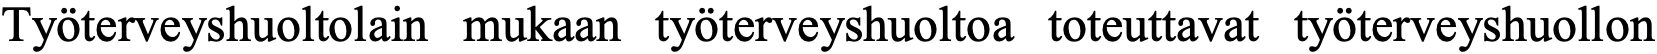
Työterveyshuoltolain mukaan työterveyshuoltoa toteuttavat työterveyshuollon